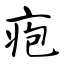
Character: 疱